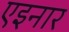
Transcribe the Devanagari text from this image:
एइनार